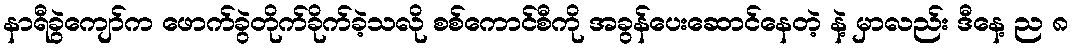
နာရီခွဲကျော်က ဖောက်ခွဲတိုက်ခိုက်ခဲ့သလို စစ်ကောင်စီကို အခွန်ပေးဆောင်နေတဲ့ နဲ့ မှာလည်း ဒီနေ့ ည ၈